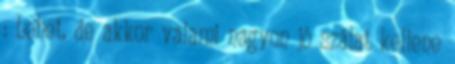
: Lehet, de akkor valami nagyon jó szálat kellene